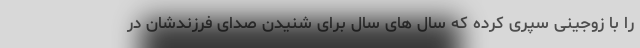
را با زوجینی سپری کرده که سال های سال برای شنیدن صدای فرزندشان در